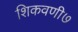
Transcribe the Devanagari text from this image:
शिकवणी७